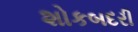
શોકબદરી